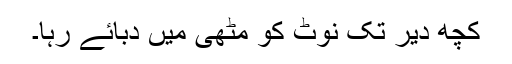
کچھ دیر تک نوٹ کو مٹھی میں دبائے رہا۔